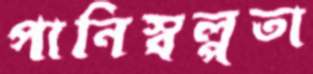
পানিস্বল্পতা